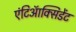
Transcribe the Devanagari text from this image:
एंटिऑक्सिडेंट